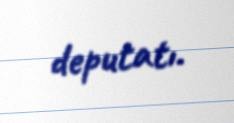
deputatı.